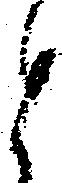
と